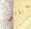
أبالغ